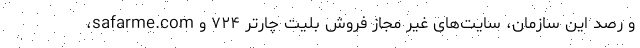
و رصد این سازمان، سایت‌های غیر مجاز فروش بلیت چارتر ۷۲۴ و safarme.com،